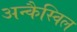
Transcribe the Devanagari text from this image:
अन्कैस्विल